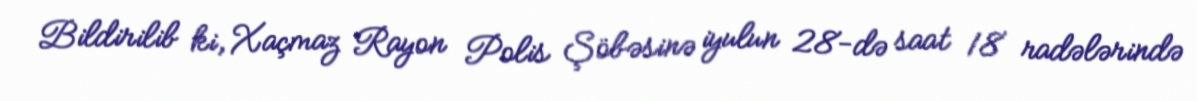
Bildirilib ki, Xaçmaz Rayon Polis Şöbəsinə iyulun 28-də saat 18 radələrində